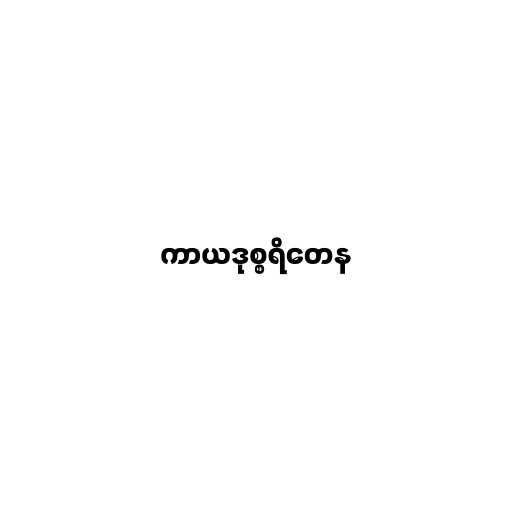
ကာယဒုစ္စရိတေန